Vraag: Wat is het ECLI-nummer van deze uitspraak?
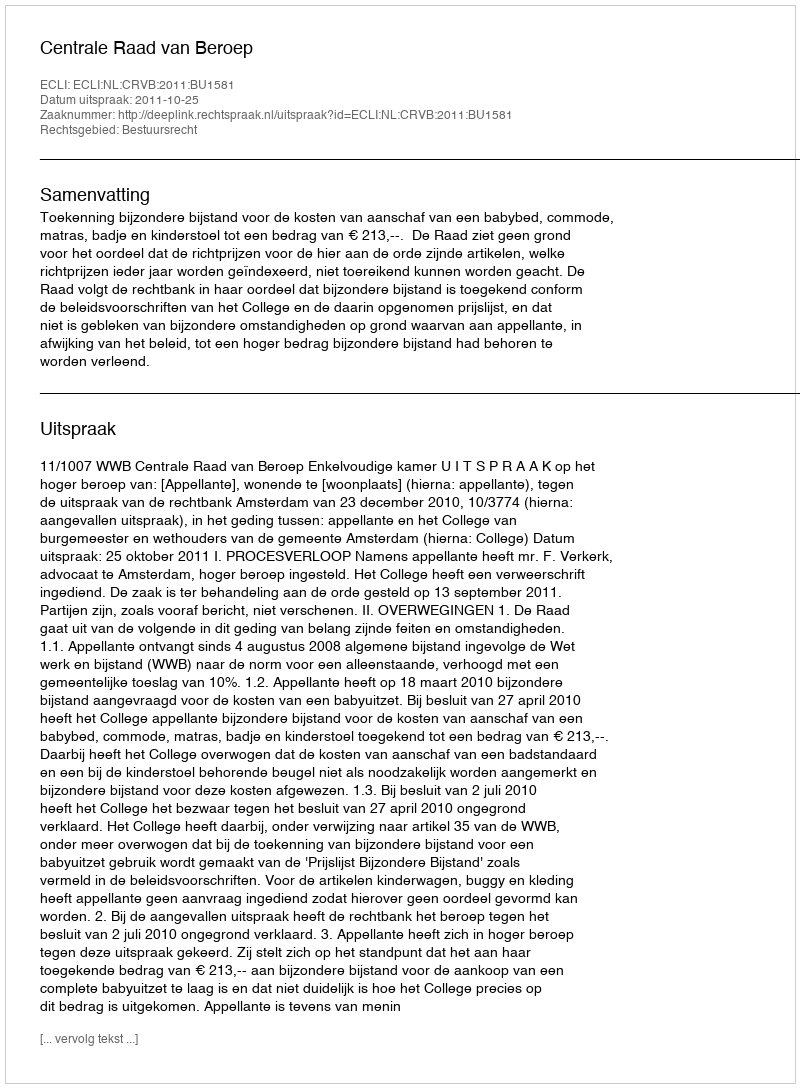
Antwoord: ECLI:NL:CRVB:2011:BU1581